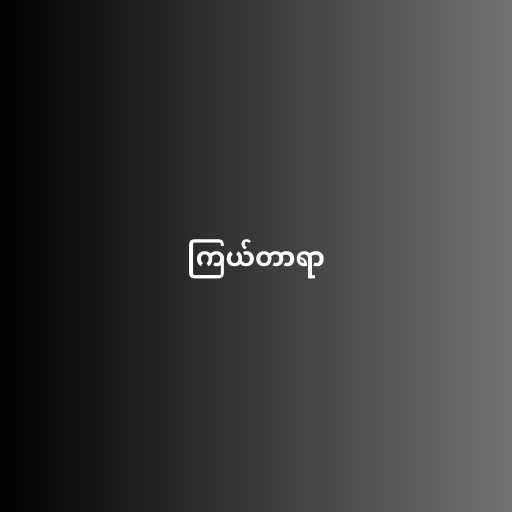
ကြယ်တာရာ